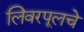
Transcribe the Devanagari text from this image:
लिवरपूलचे